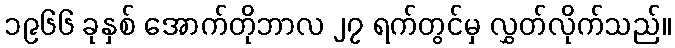
၁၉၆၆ ခုနှစ် အောက်တိုဘာလ ၂၇ ရက်တွင်မှ လွှတ်လိုက်သည်။